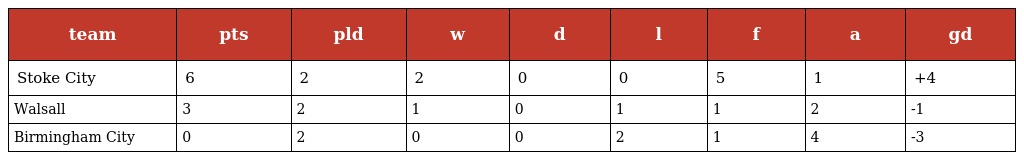
| team | pts | pld | w | d | l | f | a | gd |
 | --- | --- | --- | --- | --- | --- | --- | --- | --- |
 | Stoke City | 6 | 2 | 2 | 0 | 0 | 5 | 1 | +4 |
 | Walsall | 3 | 2 | 1 | 0 | 1 | 1 | 2 | -1 |
 | Birmingham City | 0 | 2 | 0 | 0 | 2 | 1 | 4 | -3 |